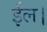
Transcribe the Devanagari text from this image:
ईल।